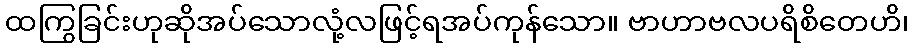
ထကြွခြင်းဟုဆိုအပ်သောလုံ့လဖြင့်ရအပ်ကုန်သော။ ဗာဟာဗလပရိစိတေဟိ၊